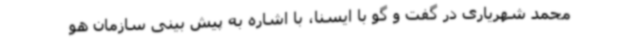
محمد شهریاری در گفت و گو با ایسنا، با اشاره به پیش بینی سازمان هو